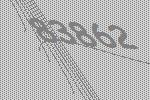
83862